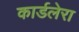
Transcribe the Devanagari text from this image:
कार्डलेरा